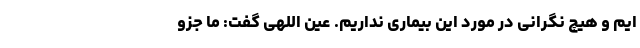
ایم و هیچ نگرانی در مورد این بیماری نداریم. عین اللهی گفت: ما جزو